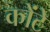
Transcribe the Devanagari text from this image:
कोंटे